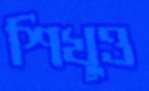
শিখুও